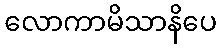
လောကာမိသာနိပေ